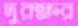
দুরক্ষর